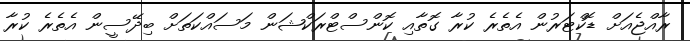
ރާއްޖެއަށް ޑޮކްޓަރުން އެތެރެ ކުރާ ގޮތާއި ކޮންސްޓްރަކްޝަން މަސައްކަތަށް ބިދޭސީން އެތެރެ ކުރާ